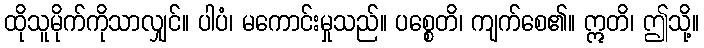
ထိုသူမိုက်ကိုသာလျှင်။ ပါပံ၊ မကောင်းမှုသည်။ ပစ္စေတိ၊ ကျက်စေ၏။ ဣတိ၊ ဤသို့။